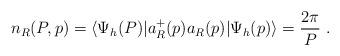
LaTeX: \begin{align*}n_R(P,p)=\langle\Psi_h(P)|a^+_R(p)a_R(p)|\Psi_h(p)\rangle=\frac{2\pi}P\ .\end{align*}